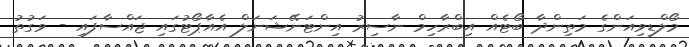
މޯލްޑިވިއަންގެ މަތިންދާ ބޯޓެއް އިބްރާހިމް ނާސިރު އިންޓަނޭޝަނަލް އެއާޕޯޓުގައި ޖައްސާފައި - ވަގުތު